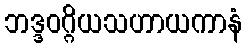
ဘဒ္ဒဝဂ္ဂိယသဟာယကာနံ